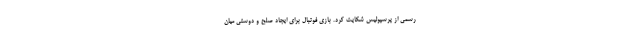
رسمی از پرسپولیس شکایت کرد. بازی فوتبال برای ایجاد صلح و دوستی میان